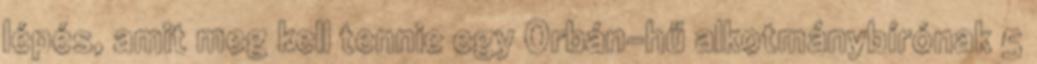
lépés, amit meg kell tennie egy Orbán-hű alkotmánybírónak 5